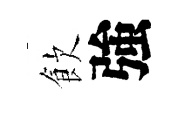
飲強